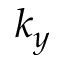
k _ { y }